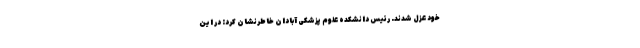
خود عزل شدند. رئیس دانشکده علوم پزشکی آبادان خاطرنشان کرد: در این